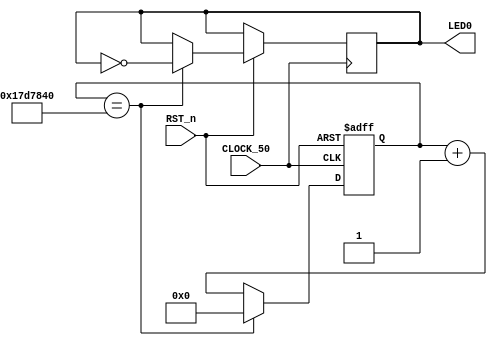
/*********************************************
*led.v
*LED1s
* quartus ii 64bit
*CLK -- 12
        RST_n -- 44
        LED0 -- 21
*********************************************/

module led1(
        CLOCK_50,RST_n,
        LED0
);


input CLOCK_50;
input RST_n;
output LED0;
reg LED0;
//************************************
//50M0.5
//0.5*50*1000_000 = 25_000_000
parameter half_sec = 25'd25_000_000;
//************************************

//************************************
reg [24:0]count;

always @(posedge CLOCK_50 or negedge RST_n) begin
	if(!RST_n) begin
		count <= 25'd0;
	end else if(count == half_sec) begin
		count <= 25'd0;
		LED0 <= ~LED0;
	end else begin
		count <= count + 1'b1;
	end
end

endmodule